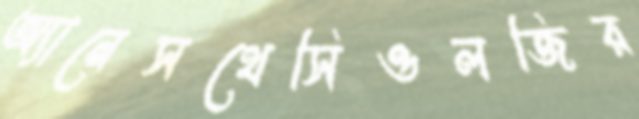
অ্যানেসথেসিওলজির